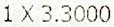
1 X 3.3000